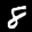
Label: 8